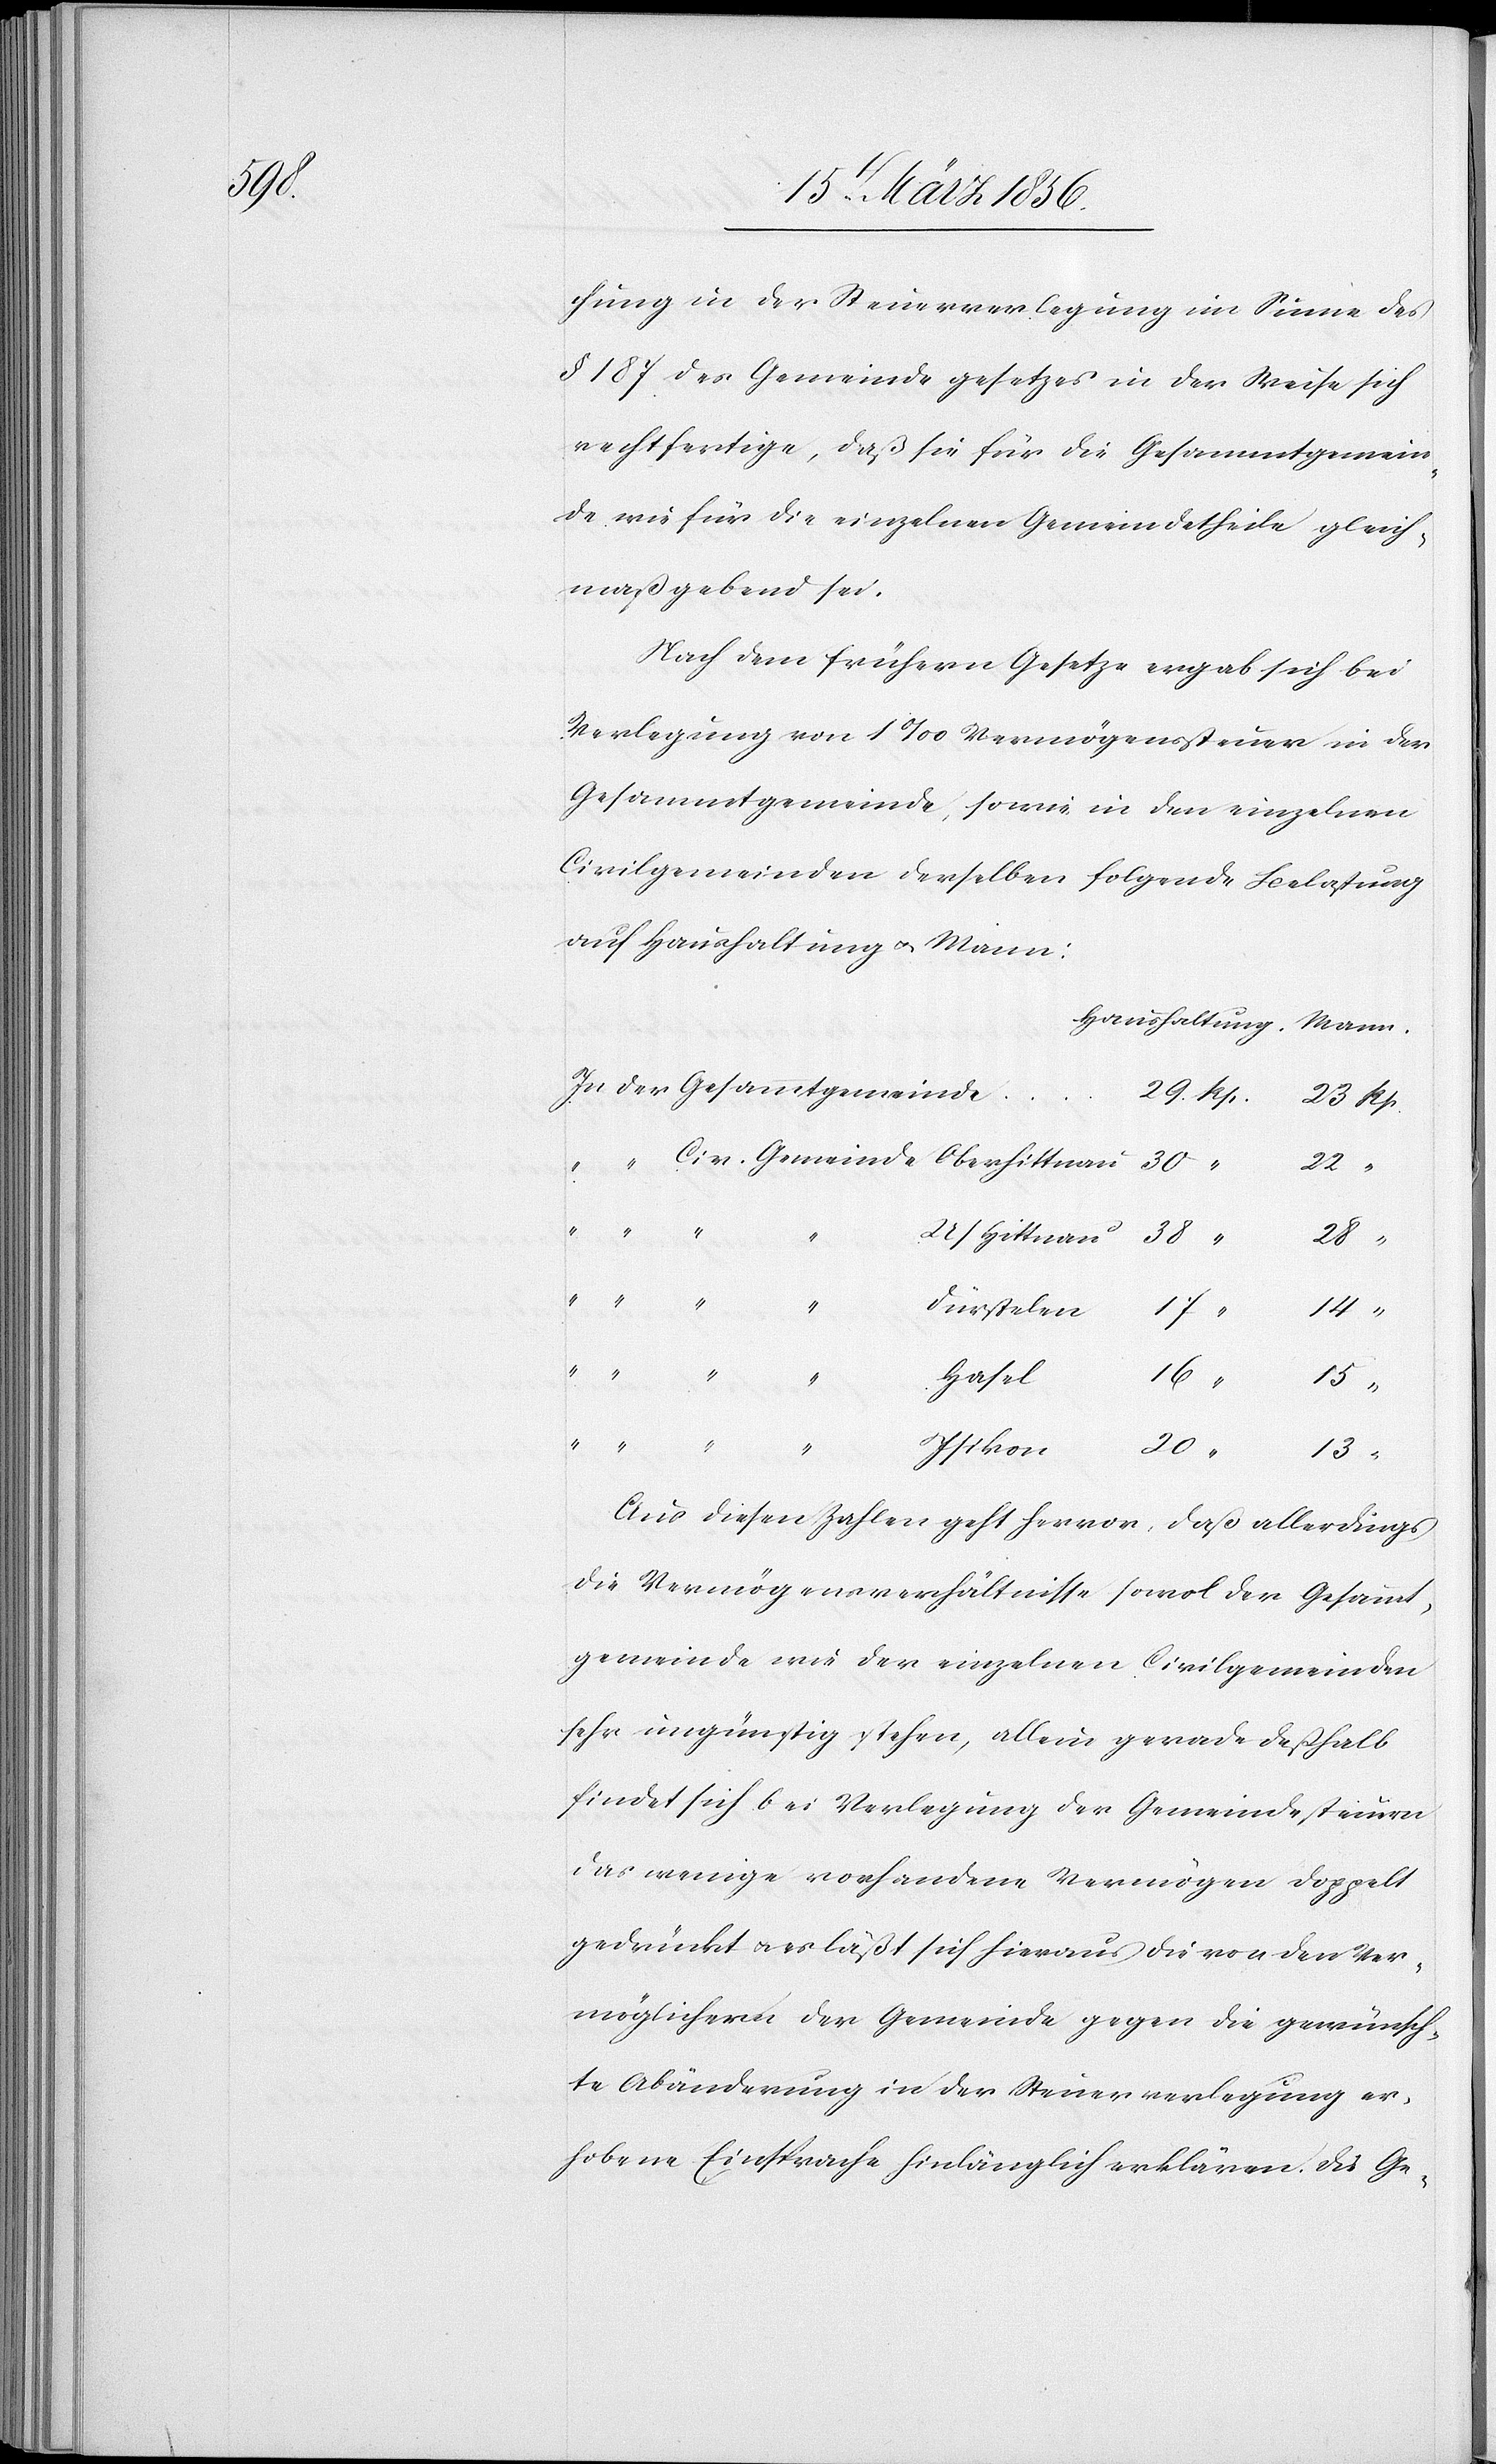
16

chung in der Steuerverlegung im Sinne des
§ 187 des Gemeindegesetzes in der Weise sich
rechtfertige, daß sie für die Gesammtgemein¬
de wie für die einzelnen Gemeindetheile gleich¬
maßgebend sei.
Nach dem frühern Gesetze ergab sich bei
Verlegung von 1‰ Vermögenssteuer in der
Gesammtgemeinde, sowie in den einzelnen
Civilgemeinden derselben folgende Belastung
auf Haushaltung u. Mann:
ittnau
28
“
“
Gemeinde
Dürstelen
17
Hasel
Isikon
13
Aus diesen Zahlen geht hervor, daß allerdings
die Vermögensverhältnisse sowol der Gesammt¬
gemeinde wie der einzelnen Civilgemeinden
sehr ungünstig stehen, allein gerade deßhalb
findet sich bei Verlegung der Gemeindesteuern
das wenige vorhandene Vermögen doppelt
gedrückt u. es läßt sich hieraus die von den Ver¬
möglichern der Gemeinde gegen die gewünsch¬
te Abänderung in der Steuerverlegung er¬
hobene Einsprache hinlänglich erklären. Die Ge-